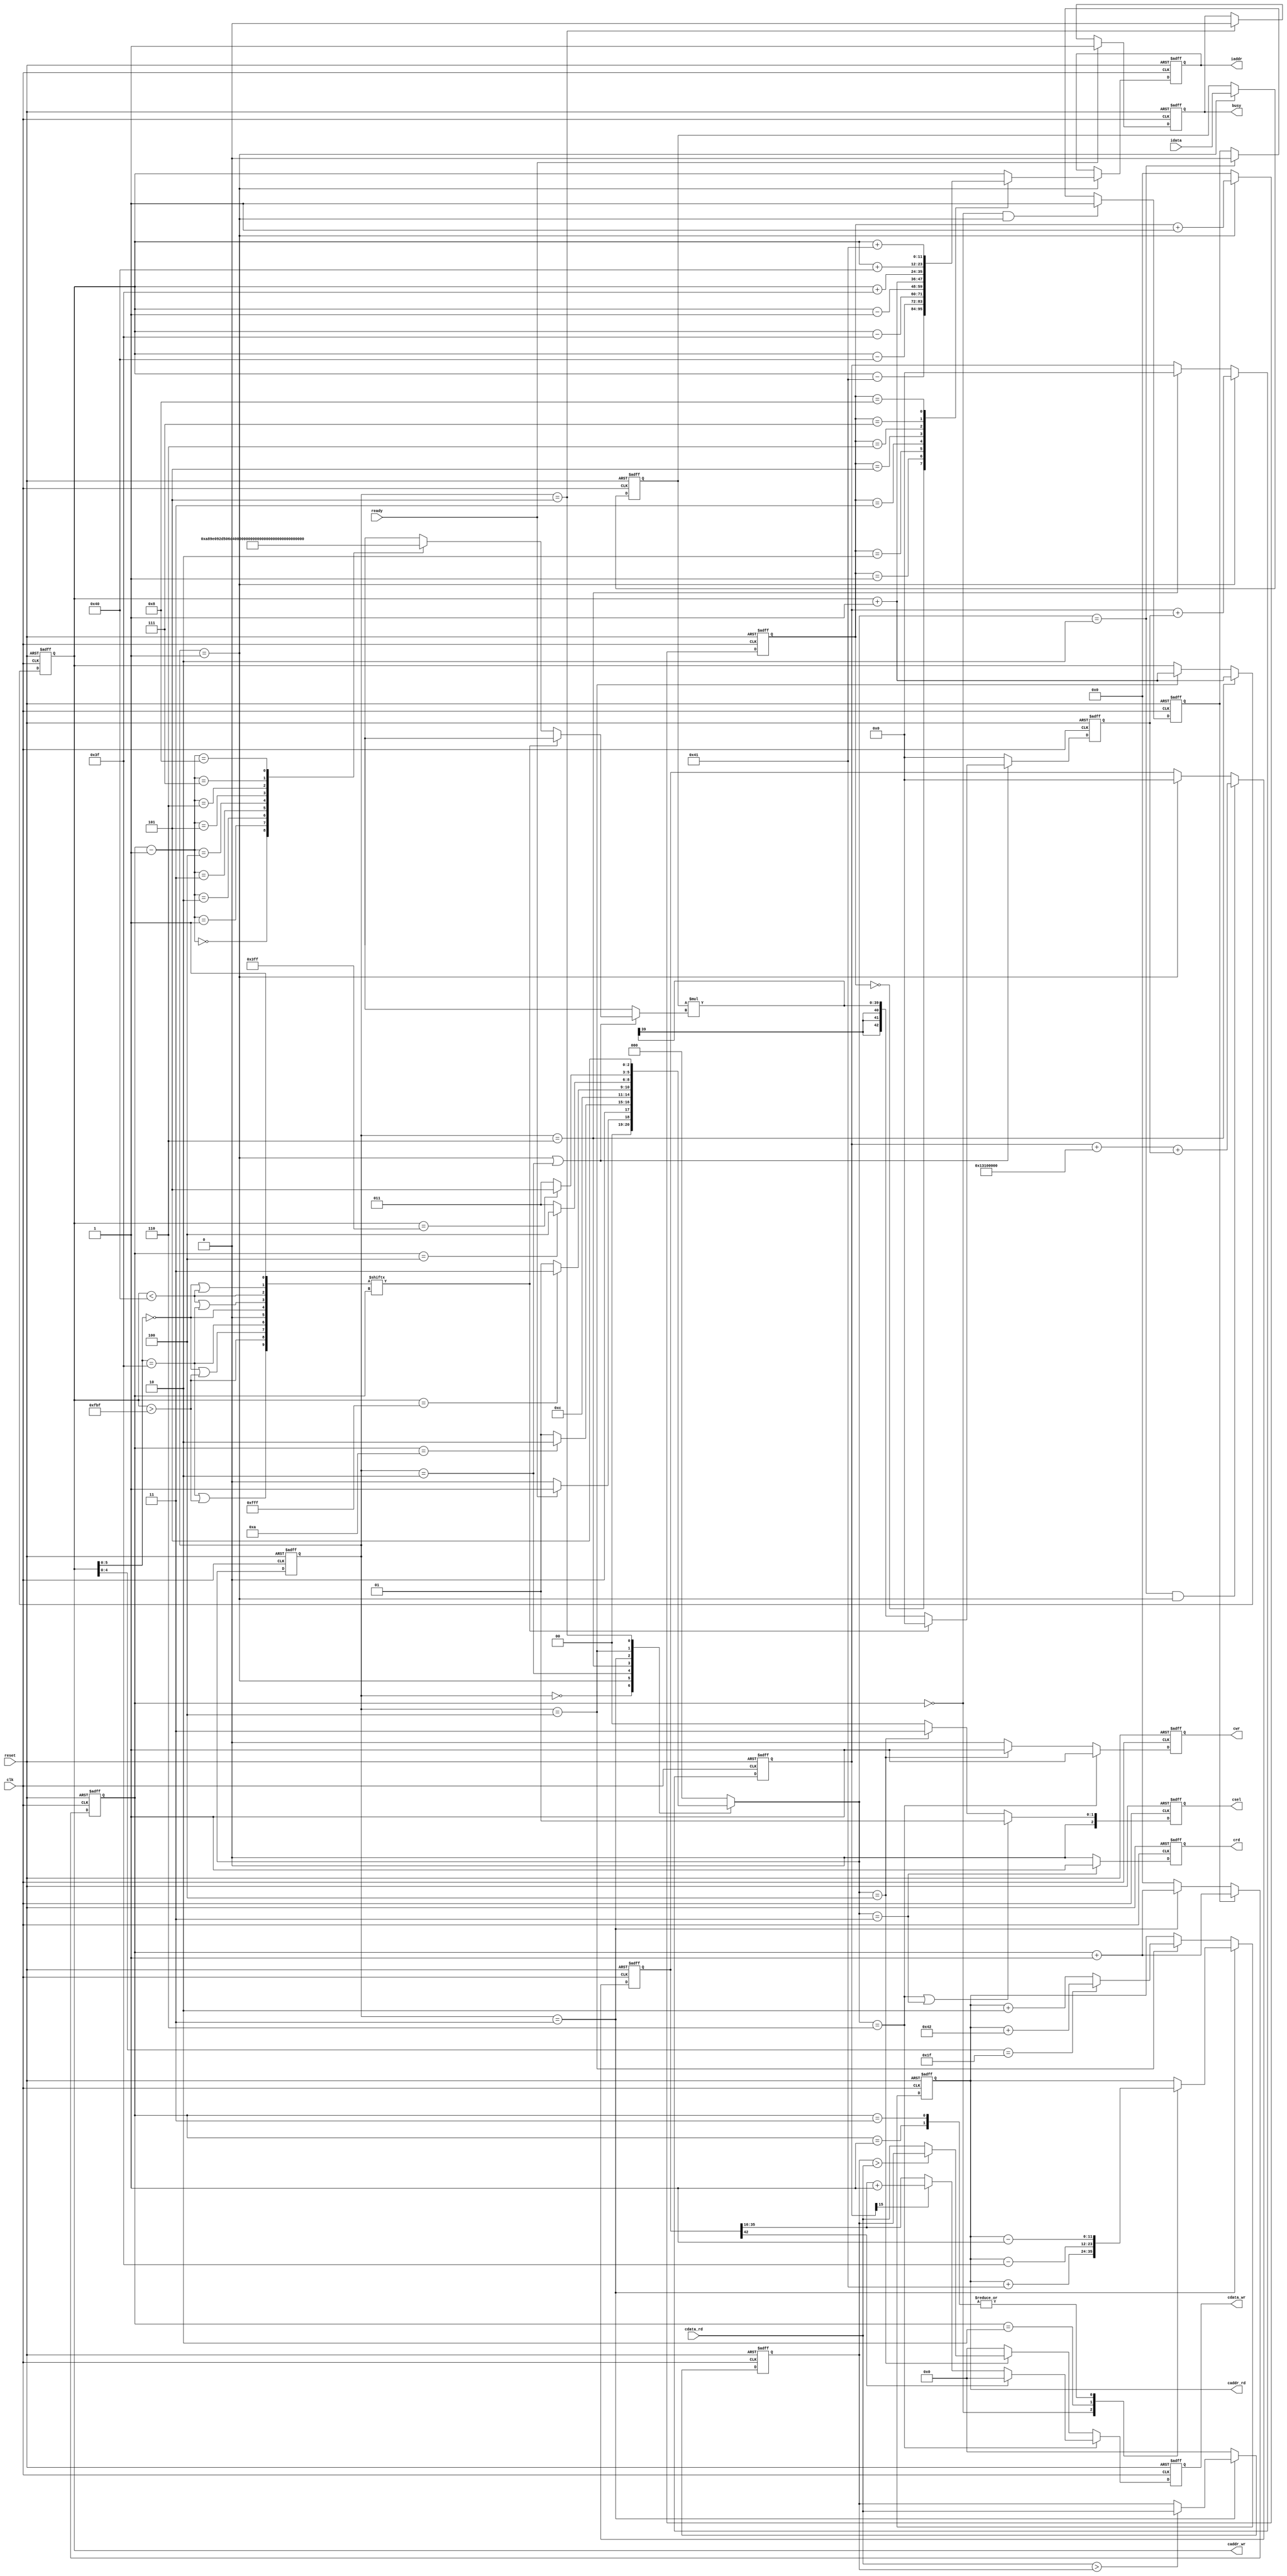

`timescale 1ns/10ps
module  CONV(
	input				clk,
	input				reset,
	output	reg			busy,	
	input				ready,	
			
	output	reg [11:0]	iaddr,
	input	signed	[19:0]	idata,	
	
	output	reg			cwr,
	output	reg [11:0]	caddr_wr,
	output	reg [19:0]	cdata_wr,
	
	output	reg 		crd,
	output	reg [11:0]	caddr_rd,
	input		[19:0]	cdata_rd,
	
	output	reg  [2:0]	csel
	);
reg signed[19:0]data;
reg [3:0]count, count1;
reg [2:0]state, next_state;
reg [9:0]ignore;
reg signed[19:0]max;
parameter IDLE = 0 ,Read = 1 ,Write = 2, Max_read = 3, Max_write = 4, DONE = 5, bias = 6;

wire signed[19:0]kernel[0:8];
assign kernel[0] = 20'h0A89E;
assign kernel[1] = 20'h092D5;
assign kernel[2] = 20'h06D43;
assign kernel[3] = 20'h01004;
assign kernel[4] = 20'hF8F71;
assign kernel[5] = 20'hF6E54;
assign kernel[6] = 20'hFA6D7;
assign kernel[7] = 20'hFC834;
assign kernel[8] = 20'hFAC19;

always@(posedge clk or posedge reset)begin
		if(reset)
				data <= 0;
		else if(state == Read)
				data <= idata;
end
reg flag;
always@(posedge clk or posedge reset)begin
		if(reset)
				flag <= 0;
		else if(count == 0 && state == Read)
						flag <= 1;
		else if(next_state == Write)
				flag <= 0;
		else
				flag <= flag;
end

always@(posedge clk or posedge reset)begin
		if(reset)
				count1 <= 0;
		else if(state == Read)
				count1 <= count1 + 1;
		else
				count1 <= 0;
end
always@(posedge clk or posedge reset) begin
		if(reset)	
				count <= 0;
		else if(flag) 
				count <= count + 1;
		else if(state == Max_read)
				count <= count + 1;
		else
				count <= 0;
end

always@(*) begin
		case(state)
				IDLE:		next_state = ready ? Read : IDLE;
				Read:		next_state = (count == 10) ? Write : Read;
				Write:      next_state = bias;
				bias:		next_state = (caddr_wr == 12'd4095) ? Max_read : Read;
				Max_read:	next_state = (count == 4) ? Max_write : Max_read;
				Max_write:  next_state = (caddr_wr == 10'd1023) ? DONE : Max_read;
				DONE:		next_state = DONE;
				default:	next_state = IDLE;
		endcase
end

always@(posedge clk or posedge reset) begin
		if(reset)
				state <= IDLE;
		else
				state <= next_state;
end

always@(posedge clk or posedge reset) begin
		if(reset)
				caddr_wr <= 0;
	    else if(state == bias) 
				caddr_wr <= caddr_wr + 1;
		else if(state == Max_write)
				caddr_wr <= caddr_wr + 1;
end
always@(*)begin
		ignore[0] = 1;
		ignore[1] = (caddr_wr[5:0] == 6'b000000 || caddr_wr<64);
		ignore[2] = (caddr_wr<64);
		ignore[3] = (caddr_wr<64 || caddr_wr[5:0]==6'b111111);
		ignore[4] = (caddr_wr[5:0] == 6'b000000);
		ignore[5] = 0;
		ignore[6] = (caddr_wr[5:0] == 6'b111111);
		ignore[7] = (caddr_wr[5:0] == 6'b000000 || caddr_wr>4031);
		ignore[8] = (caddr_wr>4031);
		ignore[9] = (caddr_wr[5:0] == 6'b111111 || caddr_wr>4031);
end

always@(posedge clk or posedge reset) begin
		if(reset)
				iaddr <= 0;
		else if(state==Read)begin
				case(count1)
						0:iaddr <= caddr_wr - 65;
						1:iaddr <= caddr_wr - 64;
						2:iaddr <= caddr_wr - 63;
						3:iaddr <= caddr_wr - 1;
						4:iaddr <= caddr_wr;
						5:iaddr <= caddr_wr + 1;
						6:iaddr <= caddr_wr + 63;
						7:iaddr <= caddr_wr + 64;
						8:iaddr <= caddr_wr + 65;
						default: iaddr <= caddr_wr;
				endcase
		end
end

reg signed [42:0]mul;
reg  signed [42:0]sum;
reg  signed [42:0]sum_temp;

always@(posedge clk or posedge reset)begin
		if(reset)
				sum_temp <= 0;
		else if(next_state == Write && state == Read)
				sum_temp <= sum + 43'h0013100000 + {{3{mul[39]}},mul};
		else if(state == Read)
				sum_temp <= 0;
		else
				sum_temp <= sum_temp;
end

always@(posedge clk or posedge reset)begin
		if(reset)
				sum <= 0;
		else if(state == Read)
				sum <= sum + mul;
		else if(state == bias)
				sum <= 0;
		else
				sum <= sum;
end

always@(posedge clk or posedge reset)begin
		if(reset)
				mul <= 0;
		else if(state == Read || state == Write) begin
				if(!ignore[count])
						mul <= data * kernel[count-1];
				else
						mul <= 0;
		end
		else
				mul <= 0;
end
always@(posedge clk or posedge reset)begin
		if(reset)
				cdata_wr <= 0;
		else if(next_state == bias)begin
				cdata_wr <= (sum_temp[42]) ? 0 : 
											(sum[15] ? (sum_temp[35:16] + 1) : sum_temp[35:16]);
		end
		else if(next_state == Max_write)begin
				cdata_wr <= (max > cdata_rd) ? max : cdata_rd;
		end	
		else
				cdata_wr <= 0;
end


always@(posedge clk or posedge reset) begin
		if(reset)
				cwr <= 0;
		else if(next_state== bias)
				cwr <= 1;
		else if(next_state == Max_write)
				cwr <= 1;
		else
			cwr<=0;
end

always@(posedge clk or posedge reset)begin
		if(reset)
				crd <= 0;
		else if(next_state == Max_read)
				crd <= 1;
		else
				crd <= 0;
end

always@(posedge clk or posedge reset)begin
		if(reset)
				caddr_rd <= 0;
		else if(state == Max_read)begin
				case(count)
						0: caddr_rd <= caddr_rd + 65;
						1: caddr_rd <= caddr_rd - 1;
						2: caddr_rd <= caddr_rd - 63;
						3: caddr_rd <= caddr_rd - 1;
						default: caddr_rd <= caddr_rd;
				endcase
		end
		else if(state == Max_write)
				caddr_rd <= (caddr_wr[4:0] == 31) ? (caddr_rd + 66):caddr_rd + 2;
		else
				caddr_rd <= caddr_rd;
end

always@(posedge clk or posedge reset)begin
		if(reset)
				max <= 0;
		else if(state == Max_read)
				max <= (cdata_rd > max) ? cdata_rd : max;
		else
				max <= 0;
end

always@(posedge clk or posedge reset) begin
		if(reset) 
				busy <= 0;
		else if(ready) 
				busy <= 1;
		else if(state == DONE) 
				busy <= 0;
end

always@(posedge clk or posedge reset) begin
		if(reset) 
				csel <= 0;
		else if(next_state== bias || next_state == Max_read)
				csel <= 3'b001;
		else if(next_state == Max_write)
				csel <= 3'b011;		
		else
				csel <= 0;
end


endmodule